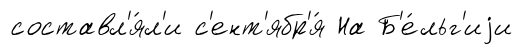
составл'я́л'и с'ент'ябр'я́ На Б'е́льг'иjи